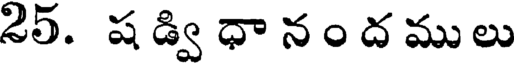
25. ష డ్వి ధా నం ద ములు